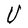
Character: U